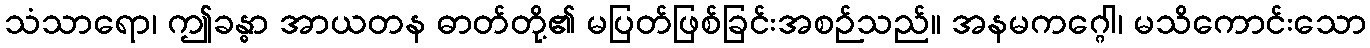
သံသာရော၊ ဤခန္ဓာ အာယတန ဓာတ်တို့၏ မပြတ်ဖြစ်ခြင်းအစဉ်သည်။ အနမကဂ္ဂေါ၊ မသိကောင်းသော